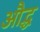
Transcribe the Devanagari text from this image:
औद्ध